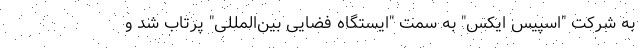
به شرکت "اسپیس ایکس" به سمت "ایستگاه فضایی بین‌المللی" پرتاب شد و